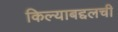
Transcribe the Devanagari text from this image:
किल्याबद्दलची